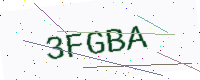
Text: 3FGBA